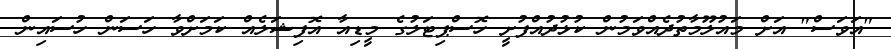
"އަވަސް" އަށް މައުލޫމާތުދެއްވަމުން ކުޅުދުއްފުށީ ހޮސްޕިޓަލުގެ މީޑިއާ އޮފިޝަލެއް ކަމަށްވާ ހަސަން ހުސައިން